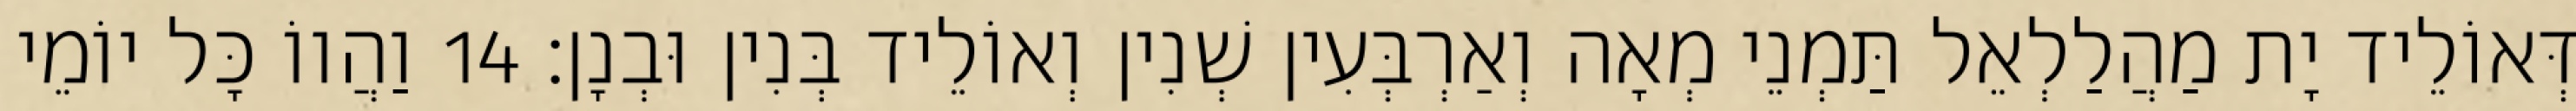
דְּאוֹלֵיד יָת מַהֲלַלְאֵל תַּמְנֵי מְאָה וְאַרְבְּעִין שְׁנִין וְאוֹלֵיד בְּנִין וּבְנָן׃ 14 וַהֲווֹ כָּל יוֹמֵי